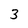
Character: 3